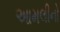
આમલીનો